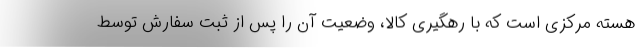
هسته مرکزی است که با رهگیری کالا، ‌وضعیت آن را پس از ثبت سفارش توسط